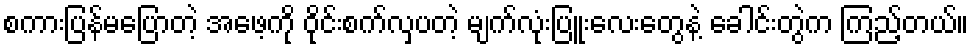
စကားပြန်မပြောတဲ့ အဖေ့ကို ဝိုင်းစက်လှပတဲ့ မျက်လုံးပြူးလေးတွေနဲ့ ခေါင်းတွဲက ကြည့်တယ်။